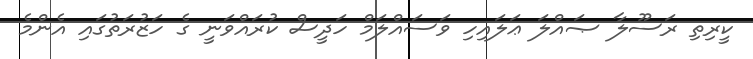
ކީރިތި ރަސޫލާ ޞައްލަ ޢަލައިހި ވަސައްލަމް ހަދީސް ކުރައްވަނީ ގެ ހަޒުރަތުގައި އެންމެ